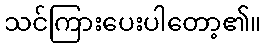
သင်ကြားပေးပါတော့၏။